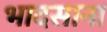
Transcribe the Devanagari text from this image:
भादसाना